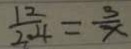
\frac { 1 2 } { 2 . 4 } = \frac { 3 } { x }